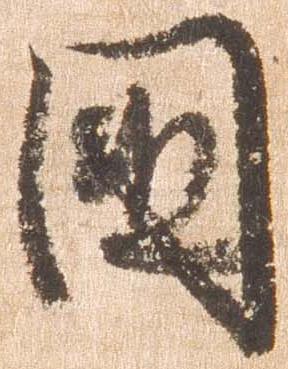
国